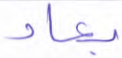
بعاد